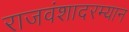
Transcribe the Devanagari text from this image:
राजवंशादरम्यान